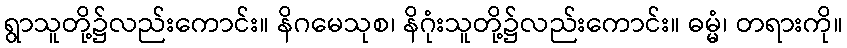
ရွာသူတို့၌လည်းကောင်း။ နိဂမေသုစ၊ နိဂုံးသူတို့၌လည်းကောင်း။ ဓမ္မံ၊ တရားကို။